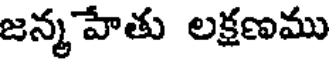
జన్మహేతు లక్షణము